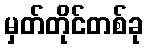
မှတ်တိုင်တစ်ခု